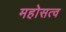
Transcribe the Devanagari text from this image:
महोसत्व